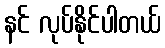
နင် လုပ်နိုင်ပါတယ်